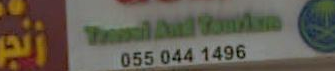
عم